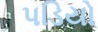
પડિયો